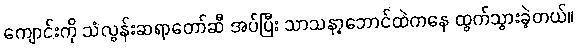
ကျောင်းကို သံလွန်းဆရာတော်ဆီ အပ်ပြီး သာသနာ့ဘောင်ထဲကနေ ထွက်သွားခဲ့တယ်။